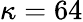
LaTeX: \kappa=64